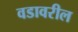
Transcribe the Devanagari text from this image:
वडावरील